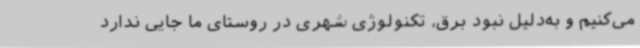
می‌کنیم و به‌دلیل نبود برق، تکنولوژی شهری در روستای ما جایی ندارد